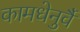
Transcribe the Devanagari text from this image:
कामधेनुर्वै